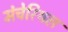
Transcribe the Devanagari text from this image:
मंचेरियल